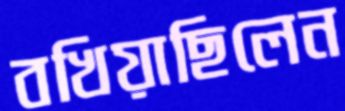
বখিয়াছিলেন